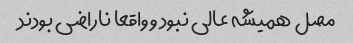
مصل همیشه عالی نبود و واقعا ناراضی بودند